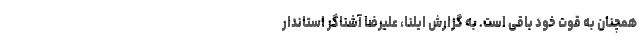
همچنان به قوت خود باقی است. به گزارش ایلنا، علیرضا آشناگر استاندار